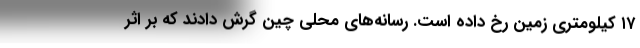
۱۷ کیلومتری زمین رخ داده است. رسانه‌های محلی چین گرش دادند که بر اثر